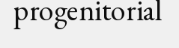
progenitorial